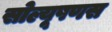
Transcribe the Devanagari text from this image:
सोल्यूषणस